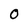
Character: O